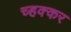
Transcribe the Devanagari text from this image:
च्हक्कर